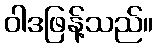
ဝါဒဖြန့်သည်။